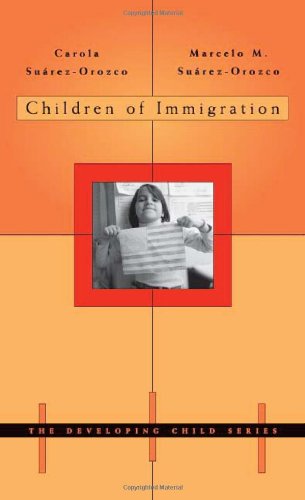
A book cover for Children of Immigration (The Developing Child); Carola SuÃ¡rez-Orozco; Parenting & Relationships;